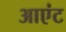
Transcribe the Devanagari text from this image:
आएंट